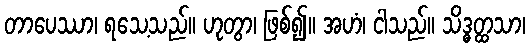
တာပေဿာ၊ ရသေ့သည်။ ဟုတွာ၊ ဖြစ်၍။ အဟံ၊ ငါသည်။ သိဒ္ဓတ္ထသာ၊